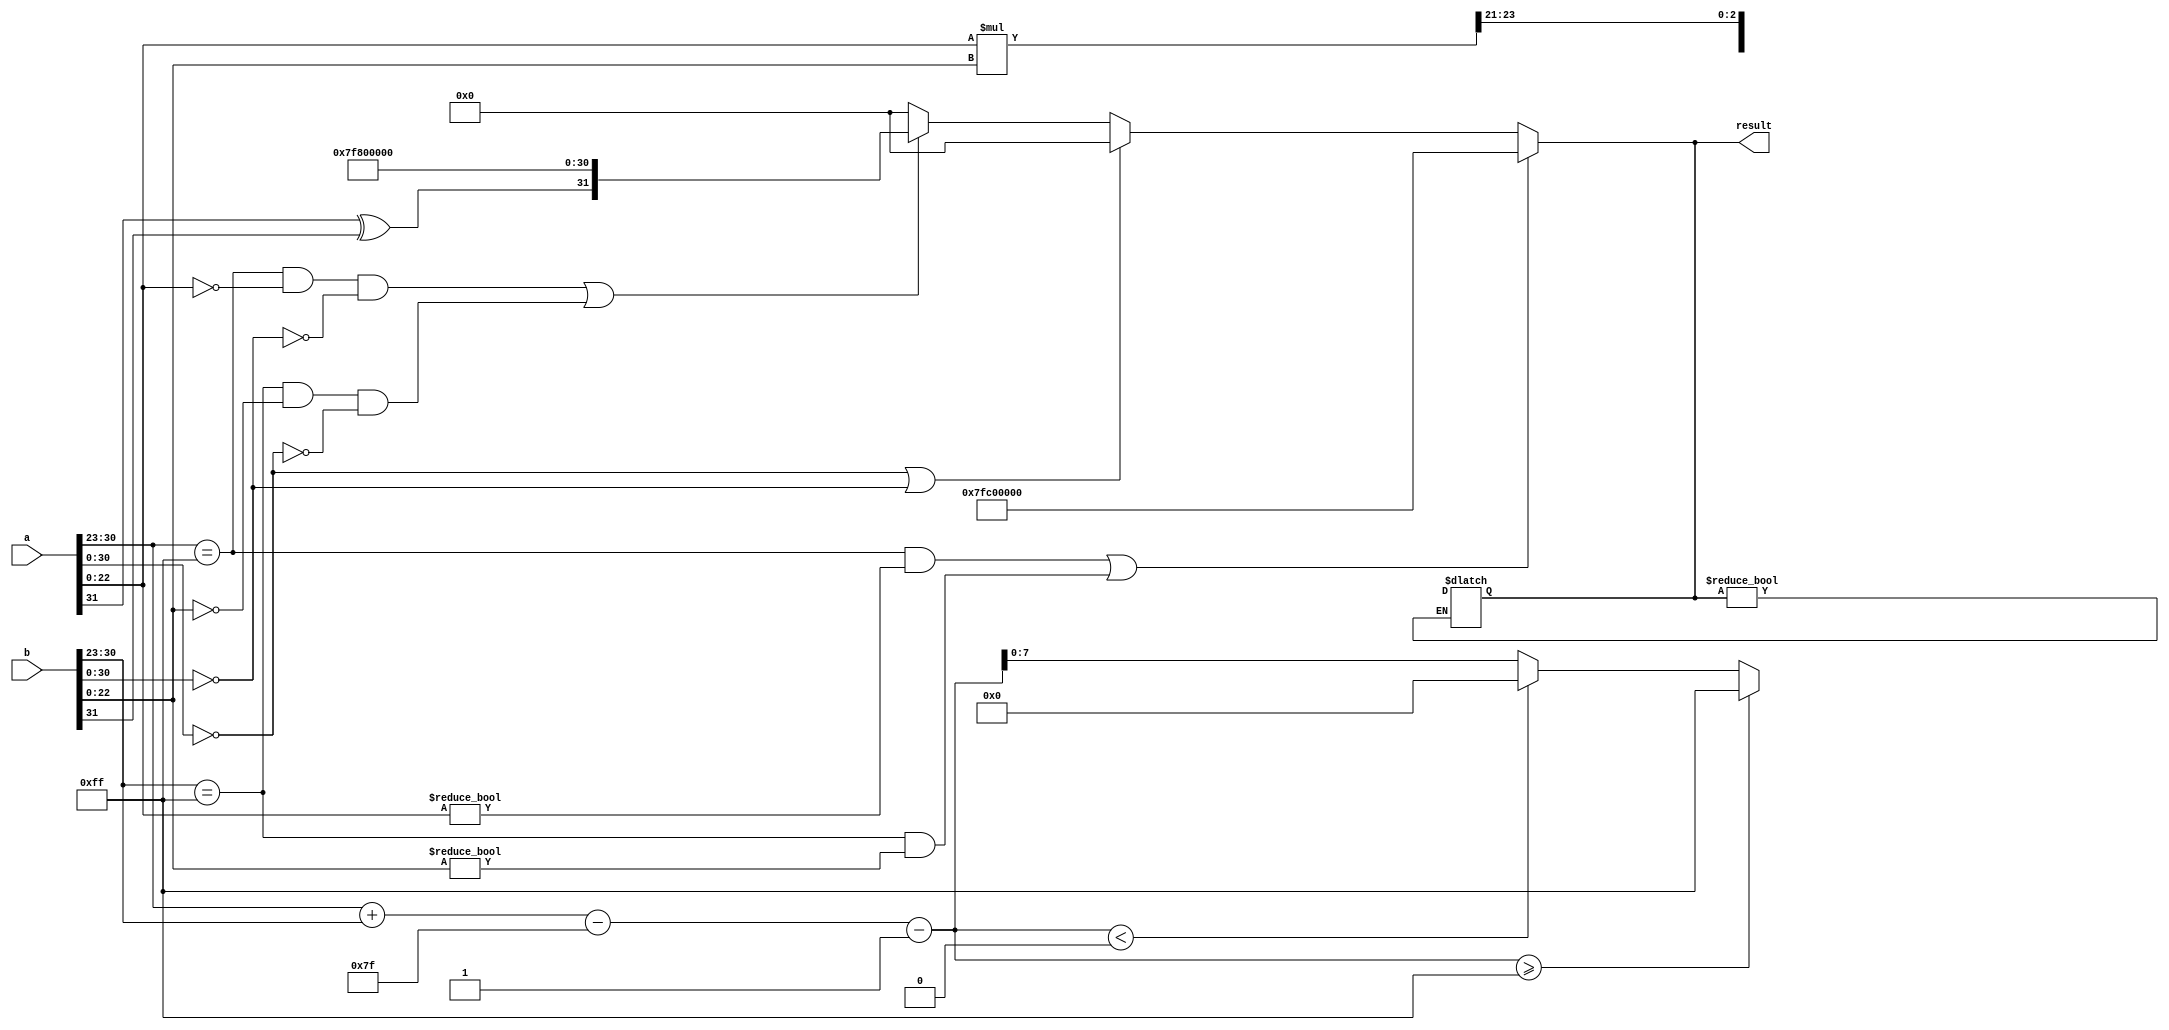
module floating_point_multiplier (
    input  wire [31:0] a, // First input floating point number
    input  wire [31:0] b, // Second input floating point number
    output wire [31:0] result // Resulting product
);

// Constants
localparam bias = 8'd127;
localparam exp_width = 8;
localparam mantissa_width = 23;

// Signal Declarations
wire [7:0] a_exp = a[30:23];
wire [7:0] b_exp = b[30:23];
wire [22:0] a_mant = {1'b1, a[22:0]}; // Implicit leading 1
wire [22:0] b_mant = {1'b1, b[22:0]}; // Implicit leading 1
wire a_sign = a[31];
wire b_sign = b[31];
wire result_sign;

wire [7:0] exp_sum;
wire [23:0] mant_product;
wire [8:0] adjusted_exp;
reg  [7:0] result_exp;
reg  [22:0] result_mant;

// Special case detection
wire is_a_zero     = (a[30:0] == 31'd0);
wire is_b_zero     = (b[30:0] == 31'd0);
wire is_a_infinity = (a[30:23] == 8'b11111111 && a[22:0] == 23'b0);
wire is_b_infinity = (b[30:23] == 8'b11111111 && b[22:0] == 23'b0);
wire is_a_nan      = (a[30:23] == 8'b11111111 && a[22:0] != 23'b0);
wire is_b_nan      = (b[30:23] == 8'b11111111 && b[22:0] != 23'b0);

// Result initialization for special cases
assign result = (is_a_nan || is_b_nan) ? 32'b01111111110000000000000000000000 : // NaN
                (is_a_zero || is_b_zero) ? 32'd0 : // Zero
                (is_a_infinity && !is_b_zero) || (is_b_infinity && !is_a_zero) ? {a_sign ^ b_sign, 8'hFF, 23'd0} : // Infinity
                32'd0; // Default assignment for the result

// Multiplication Logic
assign mant_product = a_mant * b_mant;
assign exp_sum = a_exp + b_exp - bias;

// Adjust exponent based on leading bits of product
always @* begin
    if(mant_product[47]) begin
        result_mant = mant_product[46:24]; // 1 bit shift
        adjusted_exp = exp_sum + 1;
    end
    else if(mant_product[46]) begin
        result_mant = mant_product[45:23]; // no shift
        adjusted_exp = exp_sum;
    end
    else if(mant_product[45]) begin
        result_mant = mant_product[44:22]; // no shift
        adjusted_exp = exp_sum;
    end
    else begin
        result_mant = mant_product[43:21]; // 1 bit shift right
        adjusted_exp = exp_sum - 1;
    end
    
    // Handle exponent clamping
    if(adjusted_exp >= 8'd255)
        result_exp = 8'hFF; // Max exponent value
    else if(adjusted_exp < 8'd0)
        result_exp = 8'd0; // Min exponent value
    else
        result_exp = adjusted_exp[7:0]; // Normalized exponent
end

// Final result assignment for non-special cases
always @* begin
    if (result != 32'd0) begin
        result = {result_sign, result_exp, result_mant[22:0]};
    end
end

// Assign sign result
assign result_sign = a_sign ^ b_sign;

endmodule